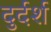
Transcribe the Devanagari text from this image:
दुर्दर्श